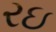
રઇ